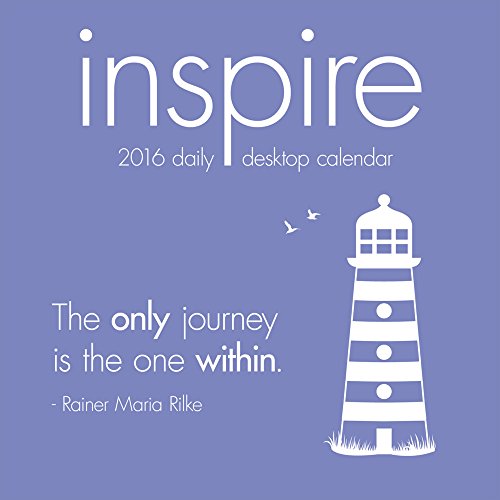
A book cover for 2016 Inspire Daily Desktop Calendar; TF Publishing; Calendars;